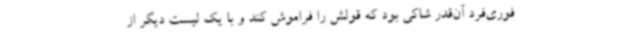
فوری‌فرد آن‌قدر شاکی بود که قولش را فراموش کند و با یک لیست دیگر از